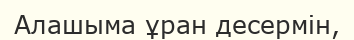
Алашыма ұран десермін,